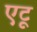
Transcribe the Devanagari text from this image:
एटू